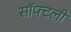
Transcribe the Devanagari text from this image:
सॉफ्टली